Annual report on the mental hospital in the Central Provinces and Berar (Nagpur) - 1927-1951
Year: 1927
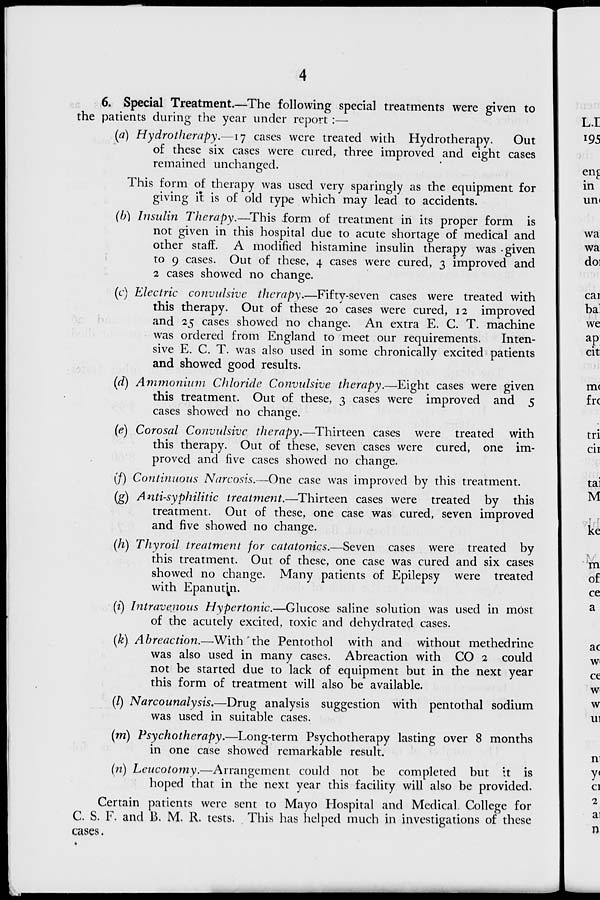
6. Special Treatment.—The following special treatments were given to
the patients during the year under report :—
(a) Hydrotherapy.—17 cases were treated with Hydrotherapy.
Out
of these six cases were cured, three improved and eight cases
remained unchanged.
This form of therapy was used very sparingly as the equipment for
giving it is of old type which may lead to accidents.
(b) Insulin Therapy.—This .form of treatment in its proper form is
not given in this hospital due to acute shortage of medical and
other staff. A modified histamine insulin therapy was -given
to 9 cases. Out of these, 4 cases were cured, 3 improved and
2 cases showed no change.
(c) Electric convulsive therapy.—Fifty-seven cases were treated with
this therapy. Out of these 20 cases were cured, 12 improved
and 25 cases showed no change. An extra E. C. T. machine
was ordered from England to meet our requirements.
Inten-
sive E. C. T. was also used in some chronically excited patients
and showed good results.
(d) Ammonium Chloride Convulsive therapy.—Eight cases were given
this treatment. Out of these, 3 cases were improved and 5
cases showed no change.
(e) Corosal Convulsive therapy.—Thirteen cases were treated with
this therapy. Out of these, seven cases were cured, one im-
proved and five cases showed no change.
(/) Continuous Narcosis.—One case was improved hy this treatment.
(g) Anti-syphilitic treatment.—Thirteen cases were treated by this
treatment. Out of these, one case was cured, seven improved
and five showed no change.
(h) Thyroil treatment for catatonics.—Seven cases were treated by
this treatment. Out of these, one case was cured and six cases
showed no change. Many patients of Epilepsy were treated
with Epanutrn.
(i) Intravenous Hypertonic.—Glucose saline solution was used in most
of the acutely excited, toxic and dehydrated cases.
(k) A breaction.—With the Pentothol with and without methedrine
was also used in many cases. Abreaction with CO 2 could
not be started due to lack of equipment but in the next year
this form of treatment will also be available.
(/) Narcounalysis.—Drug analysis suggestion with pentothal sodium
was used in suitable cases.
(m) Psychotherapy.—Long-term Psychotherapy lasting over 8 months
in one case showed remarkable result.
(n) Leucotomy.—Arrangement could not be completed but it is
hoped that in the next year this facility will also be provided.
Certain patients were sent to Mayo Hospital and Medical College for
C. S. F. and B. M. R. tests. This has helped much in investigations of these
cases.